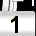
Digit: 1